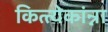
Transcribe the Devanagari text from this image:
कित्त्येकांन्ना